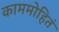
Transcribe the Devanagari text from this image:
काममोहितं